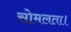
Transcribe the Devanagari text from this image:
सोमलता।